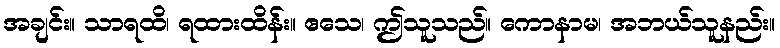
အချင်း။ သာရထိ၊ ရထားထိန်း။ ဧသေ၊ ဤသူသည်။ ကောနာမ၊ အဘယ်သူနည်း။